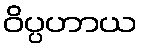
ဝိပ္ပဟာယ